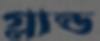
গ্লান্ড